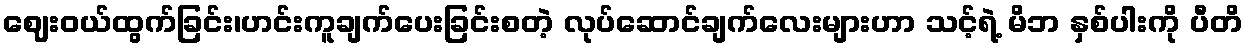
ဈေးဝယ်ထွက်ခြင်း၊ဟင်းကူချက်ပေးခြင်းစတဲ့ လုပ်ဆောင်ချက်လေးများဟာ သင့်ရဲ့ မိဘ နှစ်ပါးကို ပီတိ